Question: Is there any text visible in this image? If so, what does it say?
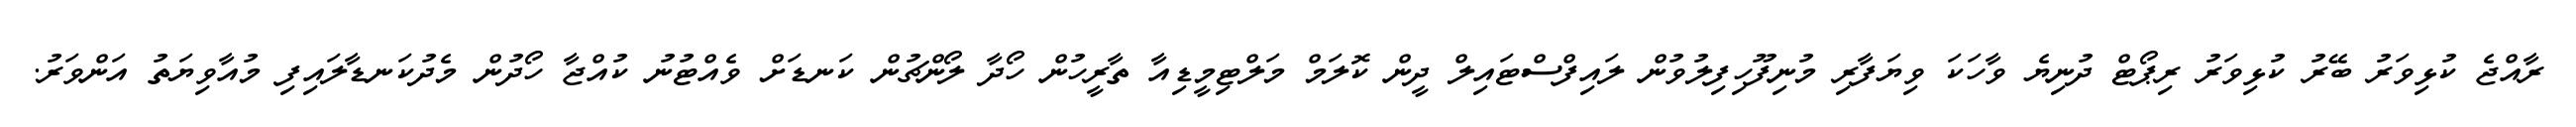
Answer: ރާއްޖެ ކުޅިވަރު ބޭރު ކުޅިވަރު ރިޕޯޓް ދުނިޔެ ވާހަކަ ވިޔަފާރި މުނިފޫހިފިލުވުން ލައިފްސްޓައިލް ދީން ކޮލަމް މަލްޓިމީޑިއާ ތާރީހުން ހޯދާ ލޯންޗުން ކަނޑަށް ވެއްޓުނު ކުއްޖާ ހޯދުން މެދުކަނޑާލައިފި މުއާވިޔަތު އަންވަރު.